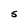
Character: S